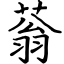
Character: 蓊